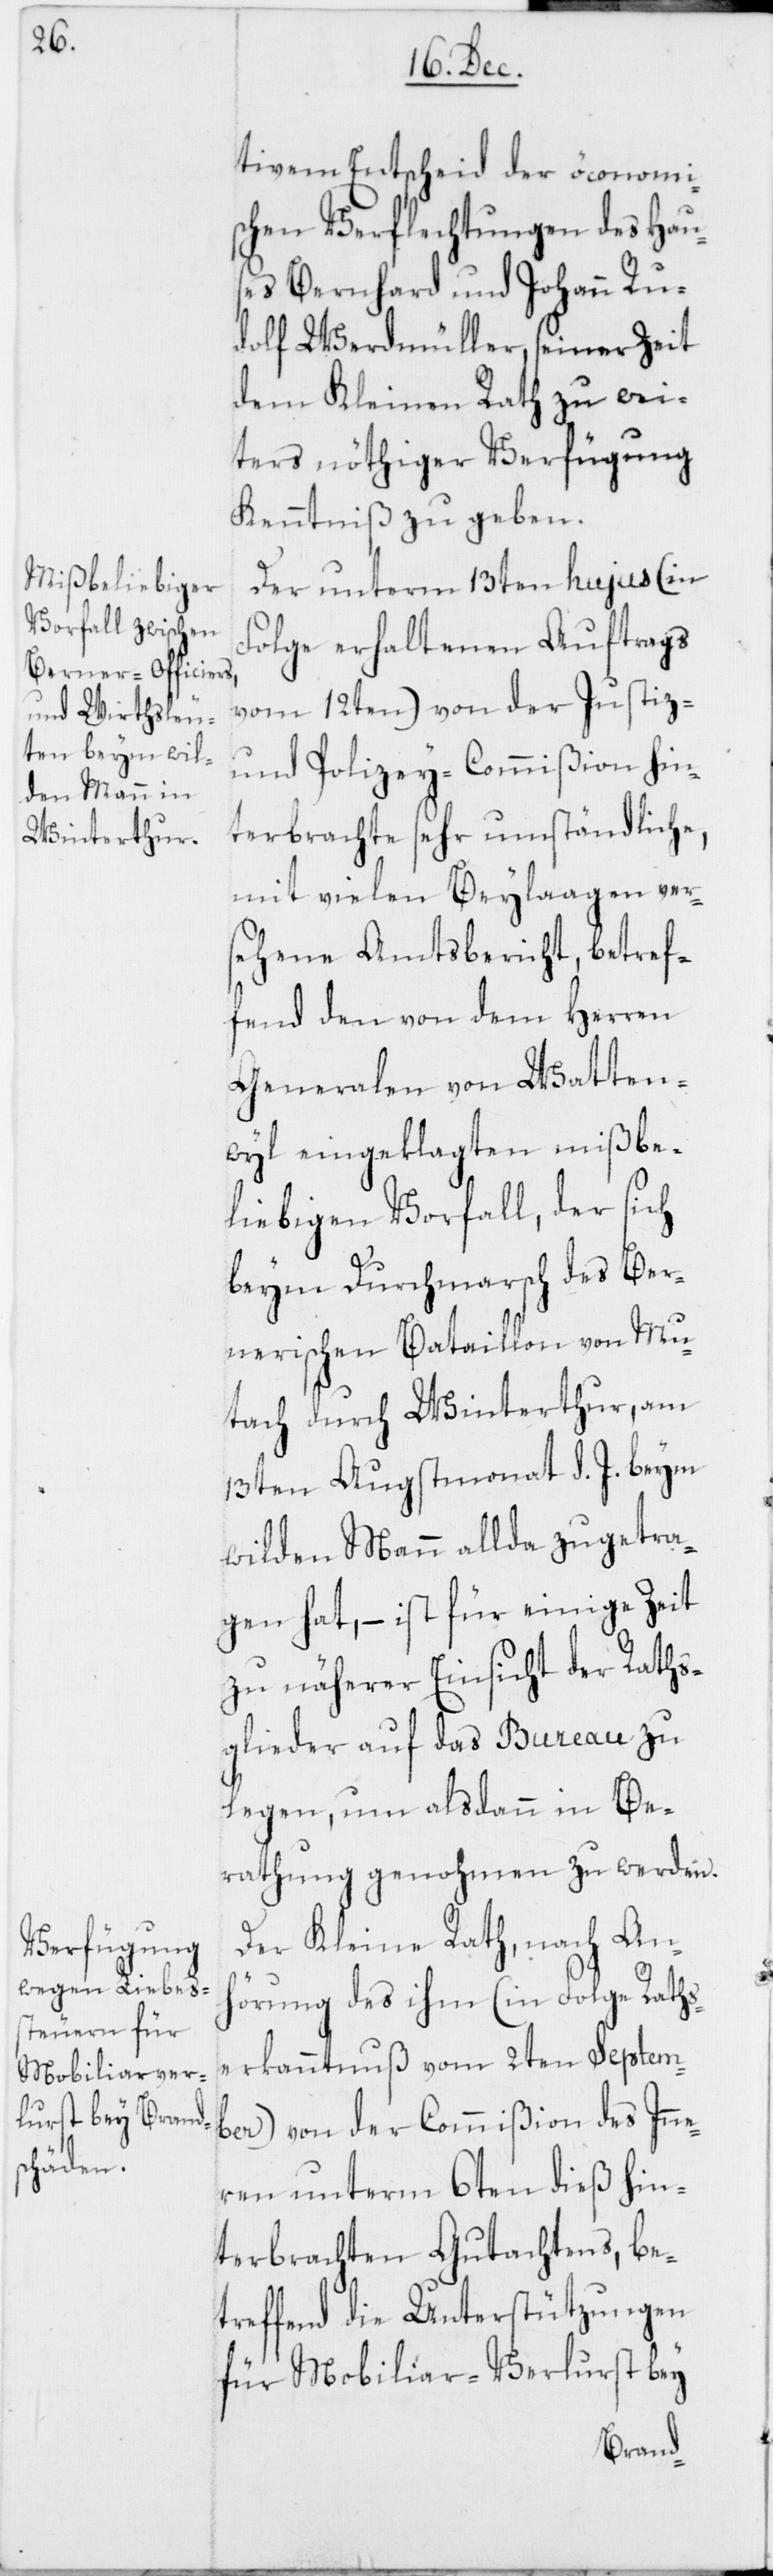
tivem Entscheid der öconomi¬
schen Verflechtungen des Haus¬
es Bernhard und Johann Ru¬
dolf Werdmüller, seiner Zeit
dem Kleinen Rath zu wei¬
ters nöthiger Verfügung
Kenntniß zu geben.
Der unterm 13ten hujus (in
Folge erhaltenen Auftrags
vom 12ten) von der Justiz-
und Polizey-Commißion hin¬
terbrachte sehr umständliche,
mit vielen Beylaagen ver¬
sehene Amtsbericht, betref¬
fend den von dem Herren
Generalen von Watten¬
wyl eingeklagten mißbe¬
liebigen Vorfall, der sich
beym Durchmarsch des Ber¬
nerischen Bataillon von Mu¬
tach durch Winterthur, am
13ten Augstmonat d. J. beym
wilden Mann allda zugetra¬
gen hat, – ist für einige Zeit
zu näherer Einsicht der Raths¬
glieder auf das Bureau zu
legen, um alsdann in Be¬
rathung genohmen zu werden.
Der Kleine Rath, nach Anh¬
örung des ihm (in Folge Raths¬
erkanntnuß vom 2ten Septem¬
ber) von der Commißion des Inn¬
eren unterm 6ten dieß hin¬
terbrachten Gutachtens, be¬
treffend die Unterstützungen
für Mobiliar-Verlurst bey